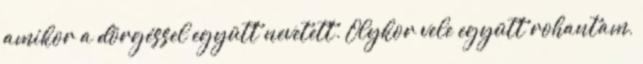
amikor a dörgéssel együtt nevetett. Olykor vele együtt rohantam,